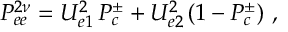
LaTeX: P _ { e e } ^ { 2 \nu } = U _ { e 1 } ^ { 2 } \, P _ { c } ^ { \pm } + U _ { e 2 } ^ { 2 } \, ( 1 - P _ { c } ^ { \pm } ) \ ,